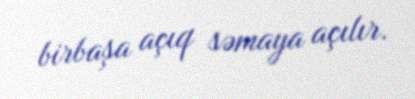
birbaşa açıq səmaya açılır.